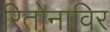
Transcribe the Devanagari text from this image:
रितोनाविर